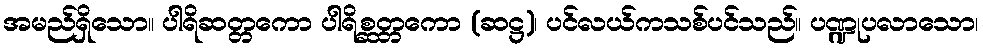
အမည်ရှိသော။ ပါရိဆတ္တကော ပါရိစ္ဆတ္တကော (ဆဋ္ဌ)၊ ပင်လယ်ကသစ်ပင်သည်။ ပဏ္ဍုပလာသော၊